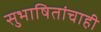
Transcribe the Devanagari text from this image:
सुभाषितांचाही